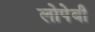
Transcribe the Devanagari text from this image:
लोपेवी